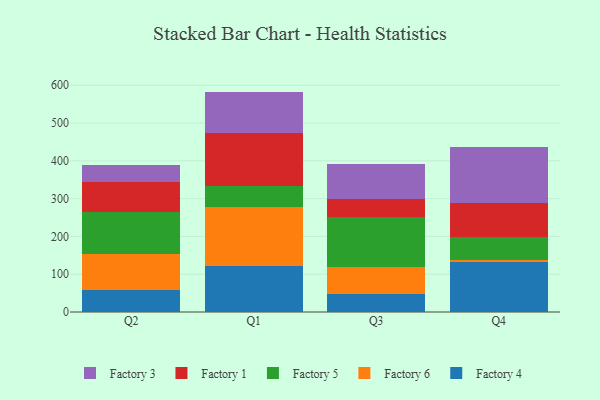
{"axis": {"x": "Quarter", "y": "Page Views"}, "legend": ["Factory 1", "Factory 3", "Factory 4", "Factory 5", "Factory 6"], "data": [{"x": "Q2", "y": 57.8, "type": "Factory 4"}, {"x": "Q2", "y": 95.2, "type": "Factory 6"}, {"x": "Q2", "y": 111.6, "type": "Factory 5"}, {"x": "Q2", "y": 79.1, "type": "Factory 1"}, {"x": "Q2", "y": 44.8, "type": "Factory 3"}, {"x": "Q1", "y": 122.9, "type": "Factory 4"}, {"x": "Q1", "y": 154.7, "type": "Factory 6"}, {"x": "Q1", "y": 56.9, "type": "Factory 5"}, {"x": "Q1", "y": 138.4, "type": "Factory 1"}, {"x": "Q1", "y": 110.4, "type": "Factory 3"}, {"x": "Q3", "y": 46.9, "type": "Factory 4"}, {"x": "Q3", "y": 71.5, "type": "Factory 6"}, {"x": "Q3", "y": 131.9, "type": "Factory 5"}, {"x": "Q3", "y": 49.2, "type": "Factory 1"}, {"x": "Q3", "y": 91.1, "type": "Factory 3"}, {"x": "Q4", "y": 131.1, "type": "Factory 4"}, {"x": "Q4", "y": 6.0, "type": "Factory 6"}, {"x": "Q4", "y": 60.7, "type": "Factory 5"}, {"x": "Q4", "y": 91.4, "type": "Factory 1"}, {"x": "Q4", "y": 147.0, "type": "Factory 3"}]}